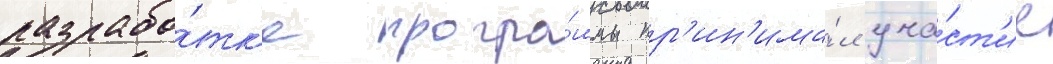
разрабо́тк'е програ́ммы пр'ин'има́л уча́ст'ие